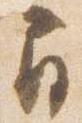
間